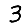
Digit: 3